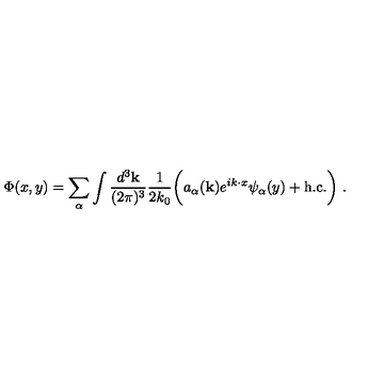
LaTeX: \Phi ( x , y ) = \sum _ { \alpha } \int \frac { d ^ { 3 } { \bf k } } { ( 2 \pi ) ^ { 3 } } \frac { 1 } { 2 k _ { 0 } } \biggl ( a _ { \alpha } ( { \bf k } ) e ^ { i k \cdot x } \psi _ { \alpha } ( y ) + \mathrm { h . c . } \biggr ) \ .